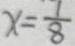
x = \frac { 1 } { 8 }